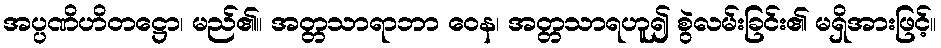
အပ္ပဏိဟိတဋ္ဌော၊ မည်၏။ အတ္တသာရာဘာ ဝေန၊ အတ္တသာရဟူ၍ စွဲလမ်းခြင်း၏ မရှိအားဖြင့်။